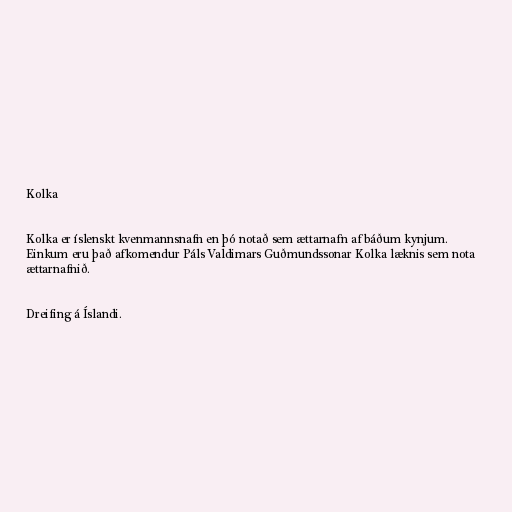
Kolka

Kolka er íslenskt kvenmannsnafn en þó notað sem ættarnafn af báðum kynjum.
Einkum eru það afkomendur Páls Valdimars Guðmundssonar Kolka læknis sem nota
ættarnafnið.

Dreifing á Íslandi.